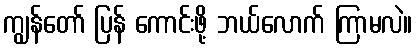
ကျွန်တော် ပြန် ကောင်းဖို့ ဘယ်လောက် ကြာမလဲ။